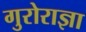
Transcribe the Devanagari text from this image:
गुरोराज्ञा